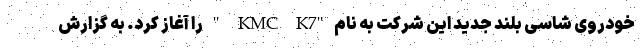
خودروی شاسی بلند جدید این شرکت به نام "KMC K7 " را آغاز کرد. به گزارش